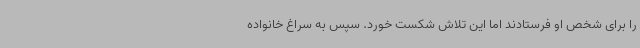
را برای شخص او فرستادند اما این تلاش شکست خورد. سپس به سراغ خانواده